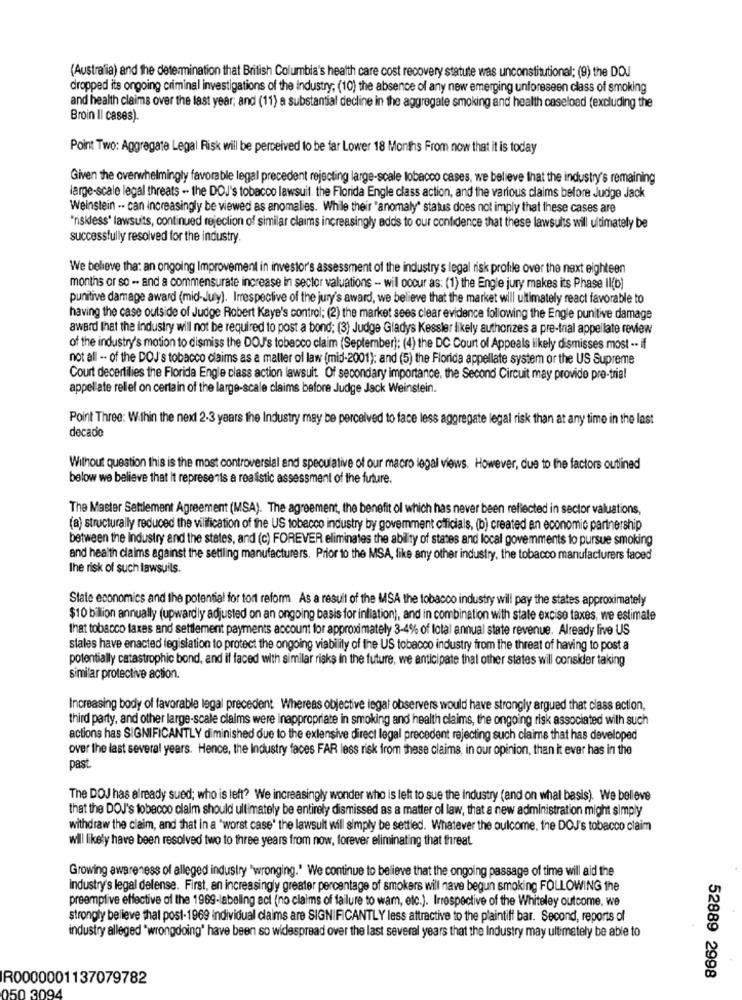
(Australia) and the determination that British Columbia's health care cost recovery statute was unconstitutional; (9) the DOJ
dropped its ongoing criminal investigations of the industry; (10) the absence of any new emerging unforeseen class of smoking
and health claims over the last year; and (11) a substantial decline in the aggregate smoking and health caseload (excluding the
Broin II cases).
Point Two: Aggregate Legal Risk will be perceived to be far Lower 18 Months From now that it is today
Given the overwhelmingly favorable legal precedent rejecting large-scale tobacco cases, we believe that the industry's remaining
large-scale legal threats - the DOJ's tobacco lawsuit. the Florida Engle class action, and the various claims before Judge Jack
Weinstein .. can increasingly be viewed as anomalies. While their "anomaly" status does not imply that these cases are
"riskless' lawsuits, continued rejection of similar claims increasingly adds to our confidence that these lawsuits will ultimately be
successfully resolved for the industry.
We believe that an ongoing Improvement in investor's assessment of the industry's legal risk profile over the next eighteen
months or so - and a commensurate increase in sector valuations - will occur as: (1) the Engle jury makes its Phase Il(b)
punitive damage award (mid-July). Irrespective of the jury's award, we believe that the market will ultimately react favorable to
having the case outside of Judge Robert Kaye's control; (2) the market sees clear evidence following the Engle punitive damage
award that the industry will not be required to post a bond; (3) Judge Gladys Kessler likely authorizes a pre-trial appellate review
of the industry's motion to dismiss the DOJ's tobacco claim (September); (4) the DC Court of Appeals likely dismisses most -. if
not all -- of the DOJ's tobacco claims as a matter of law (mid-2001); and (5) the Florida appellate system or the US Supreme
Court decertilies the Florida Engle class action lawsuit. Of secondary importance, the Second Circuit may provide pre-trial
appellate relief on certain of the large-scale claims before Judge Jack Weinstein.
Point Three: Within the next 2-3 years the Industry may be perceived to face less aggregate legal risk than at any time in the last
decade
Without question this is the most controversial and speculative of our macro legal views. However, due to the factors outlined
below we believe that it represents a realistic assessment of the future.
The Master Settlement Agreement (MSA). The agreement, the benefit of which has never been reflected in sector valuations,
(a) structurally reduced the vilification of the US tobacco industry by government officials, (b) created an economic partnership
between the Industry and the states, and (c) FOREVER eliminates the ability of states and local govemments to pursue smoking
and health claims against the settling manufacturers. Prior to the MSA, like any other industry, the tobacco manufacturers faced
The risk of such lawsuits.
State economics and the potential for tort reform. As a result of the MSA the tobacco industry will pay the states approximately
$10 bilion annually (upwardly adjusted on an ongoing basis for infiation), and in combination with state excise taxes, we estimate
that tobacco taxes and settlement payments account for approximately 3-4% of total annual state revenue. Already five US
slales have enacted legislation to protect the ongoing viability of the US tobacco industry from the threat of having to post a
potentially catastrophic bond, and if faced with similar risks in the future, we anticipate thal other states will consider taking
similar protective action.
Increasing body of favorable legal precedent. Whereas objective legal observers would have strongly argued that class action,
third party, and other large-scale claims were inappropriate in smoking and health claims, the ongoing risk associated with such
actions has SIGNIFICANTLY diminished due to the extensive direct legal precedent rejecting such claims that has developed
over the last several years. Hence, the Industry faces FAR less risk from these claims, in our opinion, than it ever has in the
past
The DOJ has already sued; who is left? We increasingly wonder who is left to sue the industry (and on what basis). We believe
that the DOJ's tobacco claim should ultimately be entirely dismissed as a matter of law, that a new administration might simply
withdraw the claim, and that in a "worst case' the lawsult will simply be settled. Whatever the oulcome, the DOJ's tobacco claim
will likely have been resolved two to three years from now, forever eliminating that threat
Growing awareness of alleged industry "wronging." We continue to believe that the ongoing passage of time will aid the
Industry's legal delense. First, an increasingly greater percentage of smokers will nave begun smoking FOLLOWING the
preemptive effective of the 1969-labeling act (no claims of failure to wam, etc.). Irrespective of the Whiteley outcome, we
strongly believe that post-1969 individual claims are SIGNIFICANTLY less attractive to the plaintiff bar. Second, reports of
industry alleged "wrongdoing' have been so widespread over the last several years that the Industry may ultimately be able to
IR0000001137079782
52889 2998
050 3094